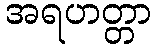
အရဟတ္တာ